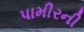
પામીરની